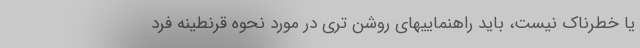
یا خطرناک نیست، باید راهنماییهای روشن تری در مورد نحوه قرنطینه فرد